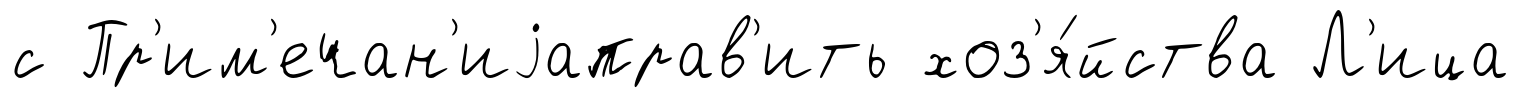
с Пр'им'ечан'иjаправ'ить хоз'я́йства Л'ица